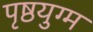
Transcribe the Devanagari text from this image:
पृष्ठयुग्म